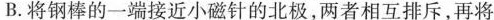
B.将钢棒的一端接近小磁针的北极，两者相互排斥，再将